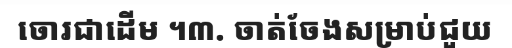
ចោរជាដើម ។៣. ចាត់ចែងសម្រាប់ជួយ